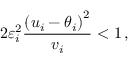
2 \varepsilon _ { i } ^ { 2 } \frac { \left( u _ { i } - \theta _ { i } \right) ^ { 2 } } { v _ { i } } < 1 \, ,